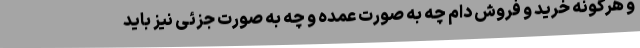
و هرگونه خرید و فروش دام چه به صورت عمده و چه به صورت جزئی نیز باید